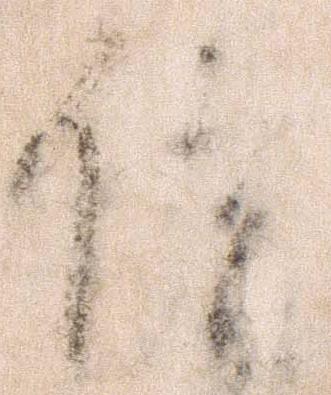
信